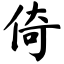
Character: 倚